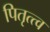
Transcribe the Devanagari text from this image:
पितृत्त्व